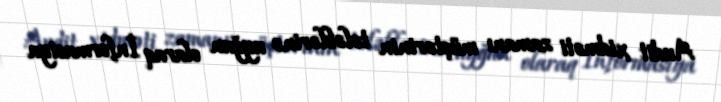
Audit xidməti zamanı müştərinin tələblərinə uyğun olaraq İnformasiya